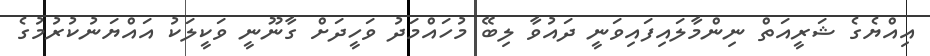
އިއްޔެގެ ޝަރީއަތް ނިންމާލައިފައިވަނީ ދައުވާ ލިބޭ މުހައްމަދު ވަހީދަށް ގާނޫނީ ވަކީލަކު އައްޔަނުކުރުމުގެ